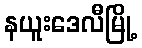
နယူးဒေလီမြို့